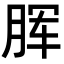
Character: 𣍯